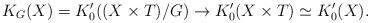
LaTeX: \begin{align*}K_G(X) = K_0'( (X \times T)/G) \to K_0'( X \times T) \simeq K_0'(X).\end{align*}